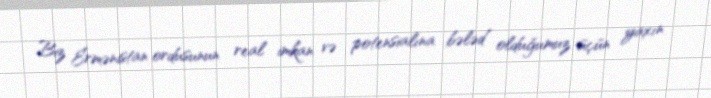
Biz Ermənistan ordusunun real imkan və potensialına bələd olduğumuz üçün yaxın